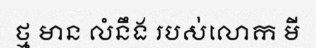
ថ្ម មាន លំនឹង របស់លោក មី